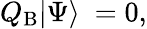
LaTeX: Q_{\mathrm{B}}|\Psi\rangle\ =0,